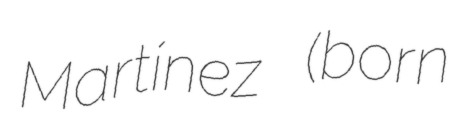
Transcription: Martínez (born